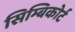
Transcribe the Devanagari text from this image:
सिम्बिकोर्ट